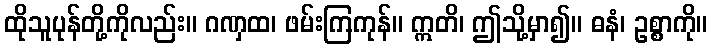
ထိုသူပုန်တို့ကိုလည်း။ ဂဏှထ၊ ဖမ်းကြကုန်။ ဣတိ၊ ဤသို့မှာ၍။ ဓနံ၊ ဥစ္စာကို။